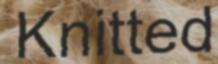
Knitted